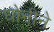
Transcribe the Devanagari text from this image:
धोनीने